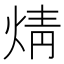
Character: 𭴼